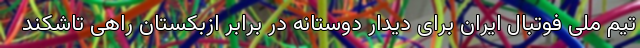
تیم ملی فوتبال ایران برای دیدار دوستانه در برابر ازبکستان راهی تاشکند